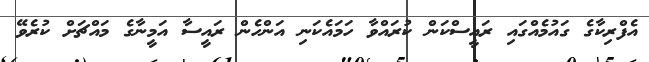
އެފްރިކާގެ ގައުމެއްގައި ރައީސްކަން ކުރައްވާ ހަމައެކަނި އަންހެން ރައީސާ އަމީނާގެ މައްޗަށް ކުރެވޭ